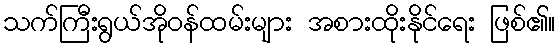
သက်ကြီးရွယ်အိုဝန်ထမ်းများ အစားထိုးနိုင်ရေး ဖြစ်၏။